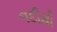
નદીથી